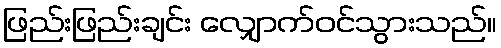
ဖြည်းဖြည်းချင်း လျှောက်ဝင်သွားသည်။